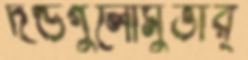
দণ্ডগুলোমুভার্